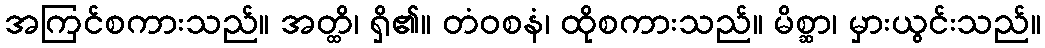
အကြင်စကားသည်။ အတ္ထိ၊ ရှိ၏။ တံဝစနံ၊ ထိုစကားသည်။ မိစ္ဆာ၊ မှားယွင်းသည်။